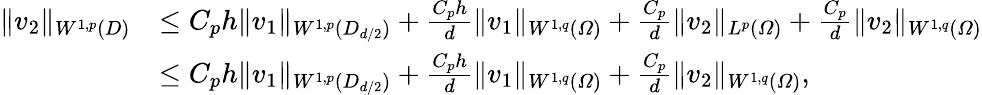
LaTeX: \begin{array}{rl}{\| v_{2}\| _{W^{1,p}(D)}}&{\leq C_{p}h\| v_{1}\| _{W^{1,p}(D_{d/2})}+\frac{C_{p}h}{d}\| v_{1}\| _{W^{1,q}(\varOmega)}+\frac{C_{p}}{d}\| v_{2}\| _{L^{p}(\varOmega)}+\frac{C_{p}}{d}\| v_{2}\| _{W^{1,q}(\varOmega)}}\\ &{\leq C_{p}h\| v_{1}\| _{W^{1,p}(D_{d/2})}+\frac{C_{p}h}{d}\| v_{1}\| _{W^{1,q}(\varOmega)}+\frac{C_{p}}{d}\| v_{2}\| _{W^{1,q}(\varOmega)},}\end{array}